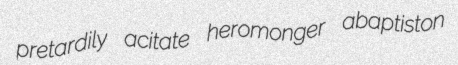
pretardily acitate heromonger abaptiston